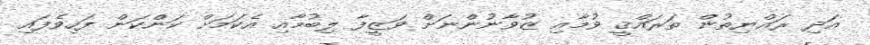
އަދި ރައްޔިތުން ތަރައްޤީ ވުމާއި ޒުވާނުންނަށް ވަޒީފާ ލިބުމާއި އެކަމަށް ކަންކަން ފަހިވެފައި